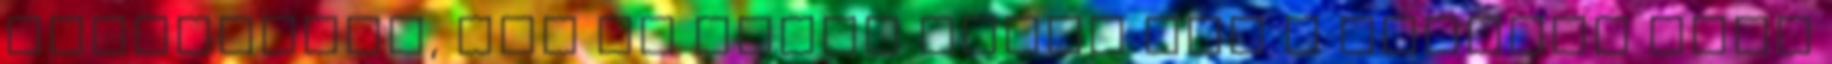
presszóban, egy év múlva pedig már a mohácsi Béke